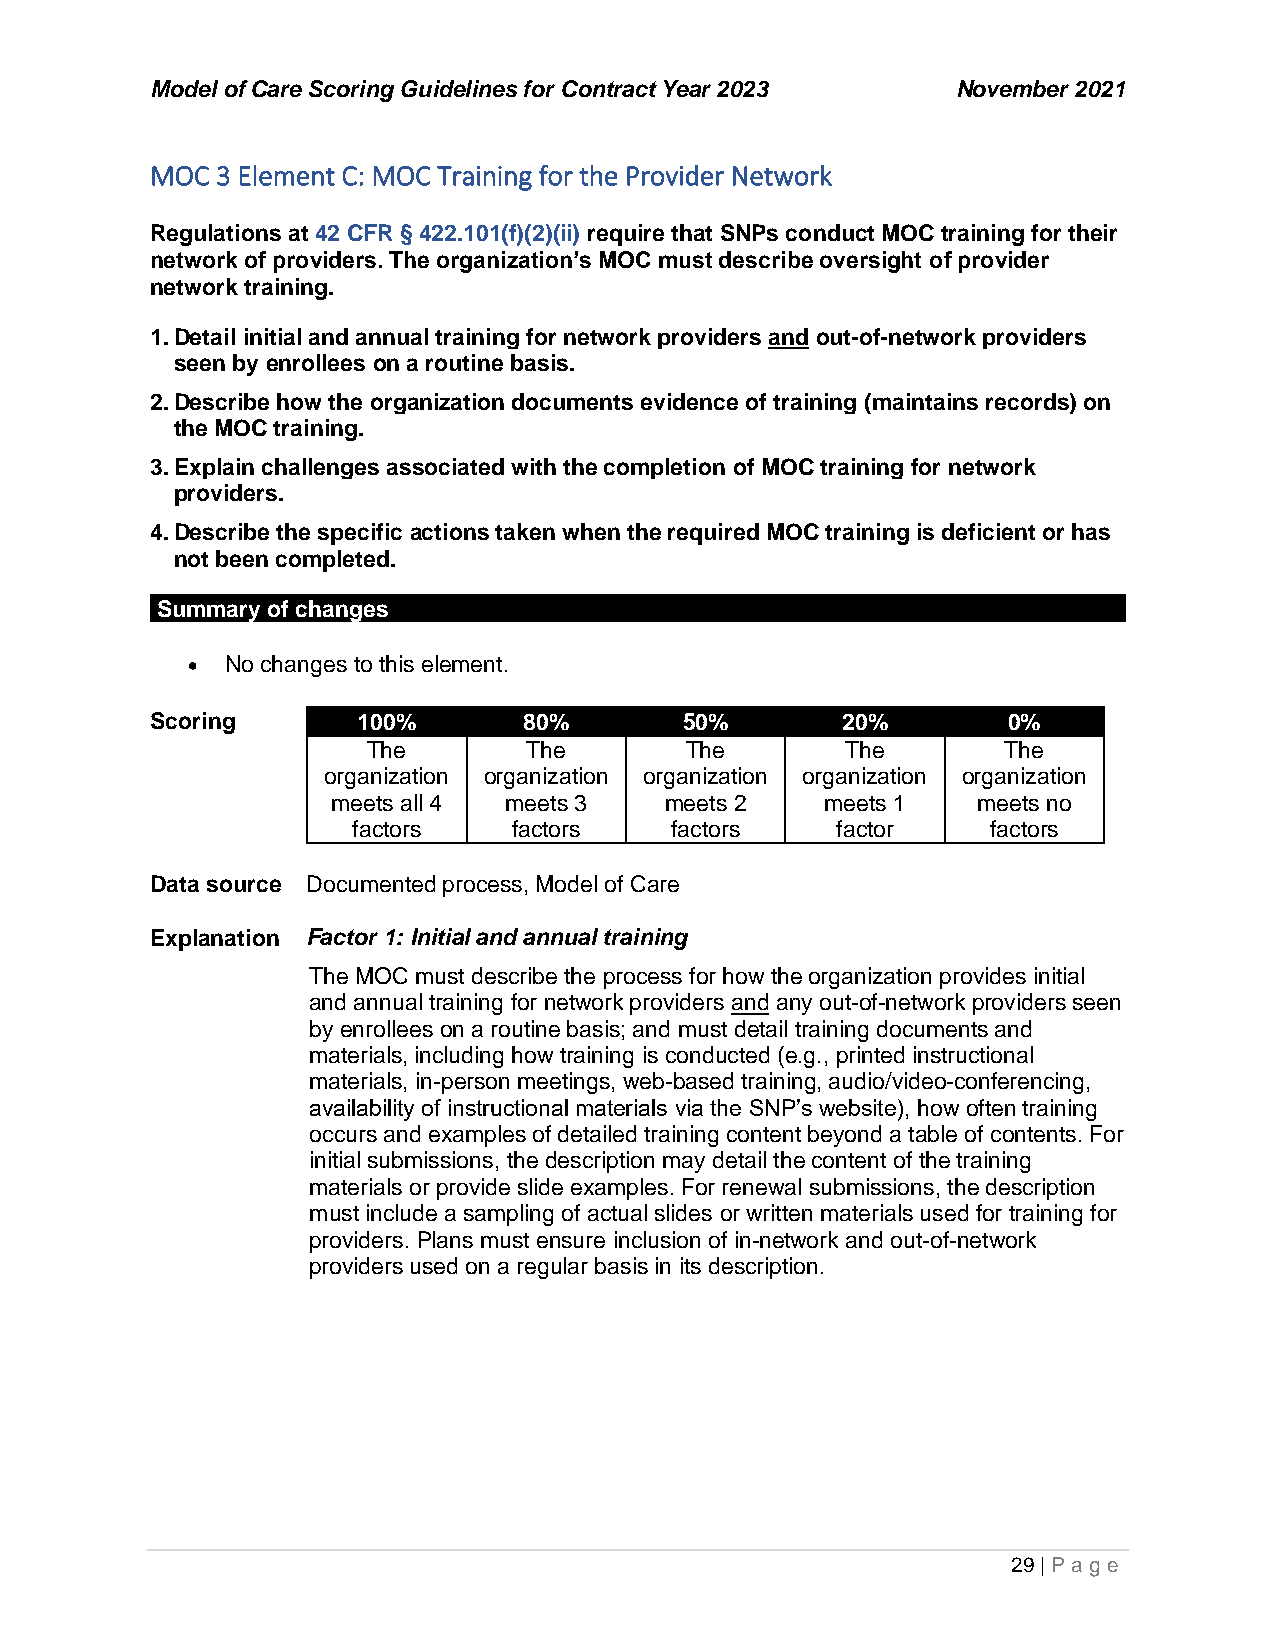
Model of Care Scoring Guidelines for Contract Year 2023 November 2021
 MOC 3 Element C: MOC Training for the Provider Network
 Regulations at 42 CFR § 422.101(f)(2)(ii) require that SNPs conduct MOC training for their
 network of providers. The organization’s MOC must describe oversight of provider
 network training.
 1. Detail initial and annual training for network providers and out-of-network providers
 seen by enrollees on a routine basis.
 2. Describe how the organization documents evidence of training (maintains records) on
 the MOC training.
 3. Explain challenges associated with the completion of MOC training for network
 providers.
 4. Describe the specific actions taken when the required MOC training is deficient or has
 not been completed.
 Summary of changes
 •  No changes to this element.
 Scoring       100%       80%       50%        20%        0%
 The        The       The        The        The
 organization organization organization organization organization
 meets all 4 meets 3   meets 2    meets 1   meets no
 factors    factors   factors    factor     factors
 Data source Documented process, Model of Care
 Explanation Factor 1: Initial and annual training
 The MOC must describe the process for how the organization provides initial
 and annual training for network providers and any out-of-network providers seen
 by enrollees on a routine basis; and must detail training documents and
 materials, including how training is conducted (e.g., printed instructional
 materials, in-person meetings, web-based training, audio/video-conferencing,
 availability of instructional materials via the SNP’s website), how often training
 occurs and examples of detailed training content beyond a table of contents. For
 initial submissions, the description may detail the content of the training
 materials or provide slide examples. For renewal submissions, the description
 must include a sampling of actual slides or written materials used for training for
 providers. Plans must ensure inclusion of in-network and out-of-network
 providers used on a regular basis in its description.
 29 | P age